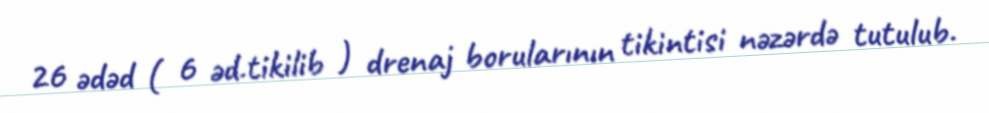
26 ədəd ( 6 əd.tikilib ) drenaj borularının tikintisi nəzərdə tutulub.